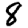
Digit: 8